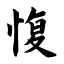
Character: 愎